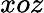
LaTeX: xoz